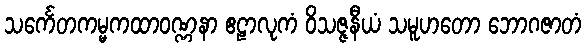
သင်္ကေတကမ္မကထာဝဏ္ဏနာ ဧဠာလုကံ ဝိသဇ္ဇနီယံ သမူဟတော ဘောဂဇာတံ